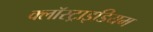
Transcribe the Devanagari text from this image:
क्लॉस्ट्राइडियम